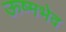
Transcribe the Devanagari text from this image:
ऊष्मभेद